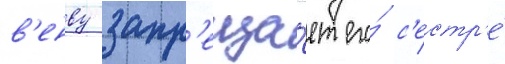
в'енву запр'еща́ет его́ с'естр'е́